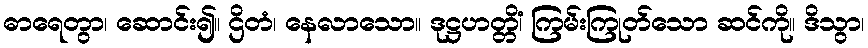
ဓာရေတွာ၊ ဆောင်း၍။ ဌိတံ၊ နေလာသော။ ဒုဋ္ဌဟတ္တိံ၊ ကြမ်းကြုတ်သော ဆင်ကို။ ဒိသွာ၊